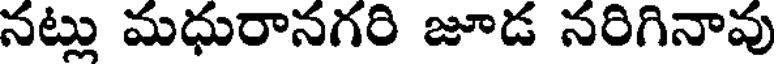
నట్లు మధురానగరి జూడ నరిగినావు